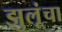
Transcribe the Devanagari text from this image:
झुलूंचा